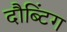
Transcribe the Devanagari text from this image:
दौब्टिंग